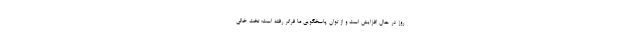
روز در حال افزایش است و از توان پاسخگویی ما فراتر رفته است؛ تخت خالی